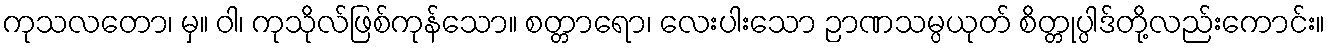
ကုသလတော၊ မှ။ ဝါ၊ ကုသိုလ်ဖြစ်ကုန်သော။ စတ္တာရော၊ လေးပါးသော ဉာဏသမ္ပယုတ် စိတ္တုပ္ပါဒ်တို့လည်းကောင်း။